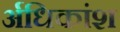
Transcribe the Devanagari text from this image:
र्अधिकांश